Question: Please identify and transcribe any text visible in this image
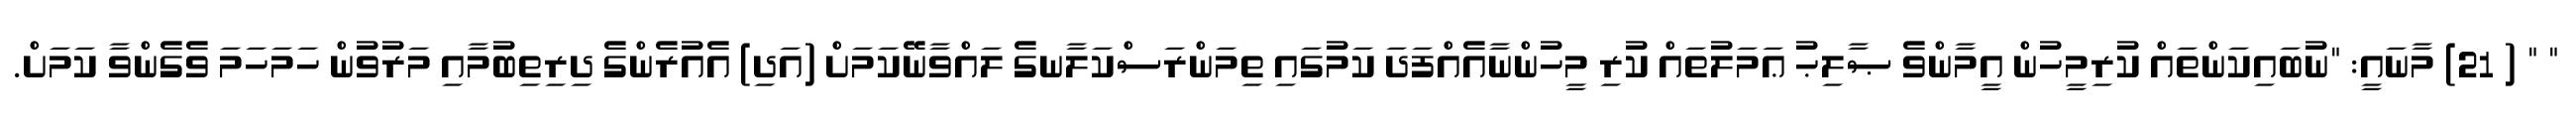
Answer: " " ( 21) މާނައީ: "ނުބައިކަންތައް ކުރިމީހުން އީމާންވެ ޞާލިޙު ޢަމަލުތައް ކުރި މީހުންނާއެއްފަދަ ކަމުގައި ތިމަންރަސްކަލާނގެ ލައްވާނޭކަމަށް (އަދި) އެއުރެންގެ ދިރިތިބުމާއި މަރުވުން ހަމަހަމަ ވެގެންވާ ކަމަށް.